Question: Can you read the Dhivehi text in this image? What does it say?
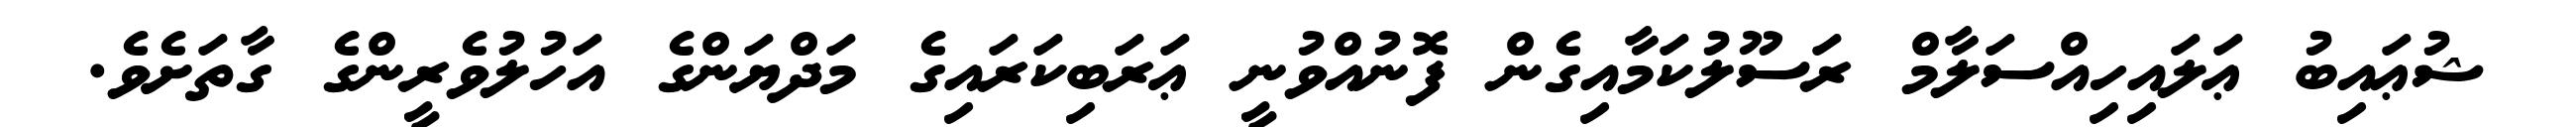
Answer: ޝުޢައިބު ޢަލައިހިއްސަލާމް ރަސޫލުކަމާއިގެން ފޮނުއްވުނީ ޢަރަބިކަރައިގެ މަދްޔަންގެ އަހުލުވެރީންގެ ގާތަށެވެ.